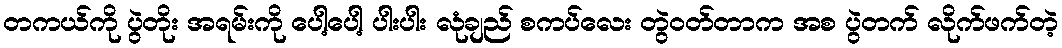
တကယ်ကို ပွဲတိုး အရမ်းကို ပေါ့ပေါ့ ပါးပါး လုံချည် စကပ်လေး တွဲဝတ်တာက အစ ပွဲတက် လိုက်ဖက်တဲ့